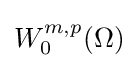
{\textstyle W_{0}^{m,p}(\Omega )}